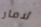
لامار